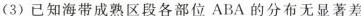
(3)已知海带成熟区段各部位ABA的分布无显著差